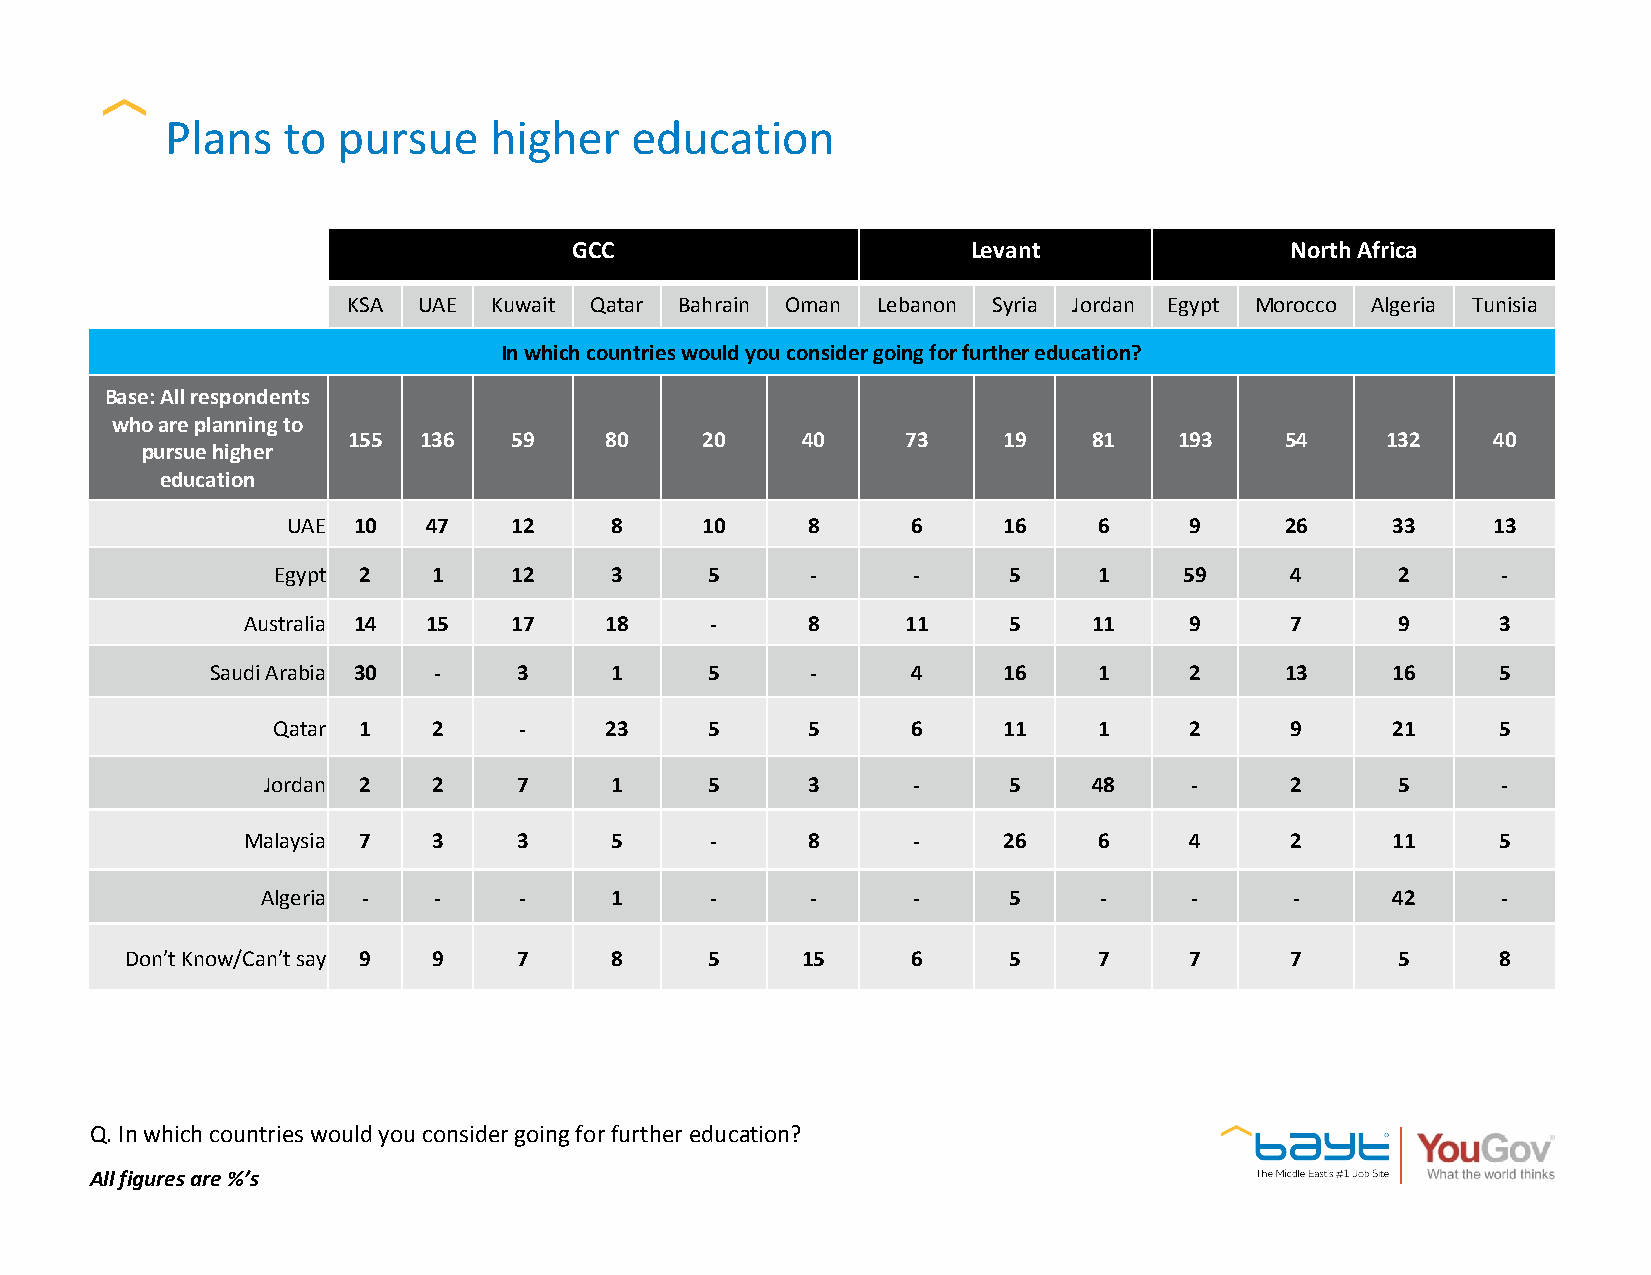
Plans   to pursue    higher    education
 GCC                       Levant               North Africa
 KSA  UAE Kuwait Qatar Bahrain Oman Lebanon Syria Jordan Egypt Morocco Algeria Tunisia
 In which countries would you consider going for further education?
 Base: All respondents
 who are planning to
 155  136   59    80    20     40     73    19    81    193    54     132    40
 pursue higher
 education
 UAE 10   47    12    8     10     8      6     16     6     9     26     33     13
 Egypt 2    1    12    3      5      -     -      5     1    59     4      2      -
 Australia 14 15   17    18     -     8      11     5    11     9     7      9      3
 Saudi Arabia 30 -   3     1      5      -     4     16     1     2     13     16     5
 Qatar 1    2    -     23     5     5      6     11     1     2     9      21     5
 Jordan 2    2    7     1      5     3      -      5    48     -     2      5      -
 Malaysia 7   3    3     5      -     8      -     26     6     4     2      11     5
 Algeria -   -    -     1      -      -     -      5     -     -      -     42     -
 Don’t Know/Can’t say 9 9  7     8      5     15     6      5     7     7     7      5      8
 Q. In which countries would you consider going for further education?
 All figures are %’s